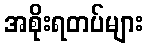
အစိုးရတပ်များ